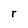
Character: T